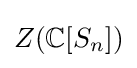
Z(\mathbb {C} [S_{n}])